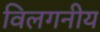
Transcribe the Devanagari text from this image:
विलगनीय